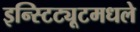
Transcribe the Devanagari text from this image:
इन्स्टिट्यूटमधले